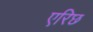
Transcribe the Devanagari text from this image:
एरिछ